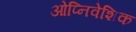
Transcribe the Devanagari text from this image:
ओप्निवेशिक